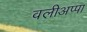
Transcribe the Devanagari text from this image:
वलीअप्पा